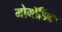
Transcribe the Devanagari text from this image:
मोमॉर्डिका